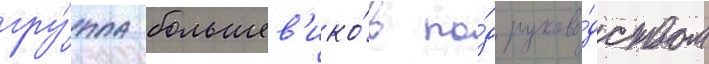
гру́ппа большев'ико́в по́д руково́дством